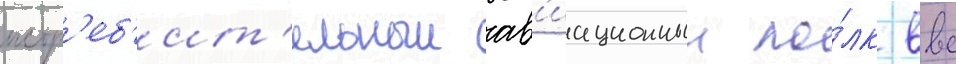
истр'еб'ит'ельныи ав'иационныи по́лк ввс